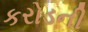
કરોડની